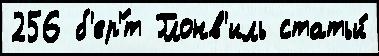
256 б'ер'́т Глонв'иль статьи́